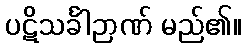
ပဋိသင်္ခါဉာဏ် မည်၏။